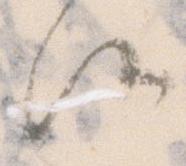
候